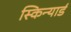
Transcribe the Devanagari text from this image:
स्किन्यार्ड